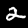
Digit: 2